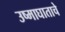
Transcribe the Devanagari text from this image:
उष्माघाताचे